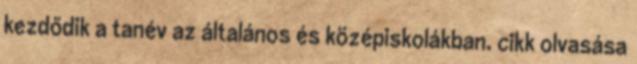
kezdődik a tanév az általános és közép­iskolákban. cikk olvasása